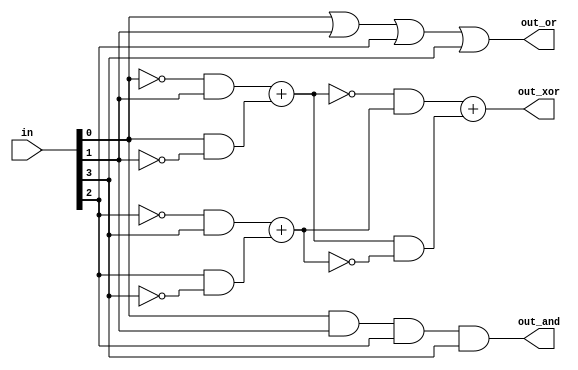
module gate4( 
    input [3:0] in,
    output out_and,
    output out_or,
    output out_xor
);
    wire w1,w2;
    assign out_and= in[0]&in[1]&in[2]&in[3];
    assign out_or= in[0]|in[1]|in[2]|in[3];
    assign w1= (~in[0]&in[1])+(in[0]&~in[1]);
    assign w2= (~in[2]&in[3])+(in[2]&~in[3]);
    assign out_xor= (~w1&w2)+(w1&~w2);

endmodule